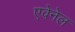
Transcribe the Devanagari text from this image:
एवेनेल